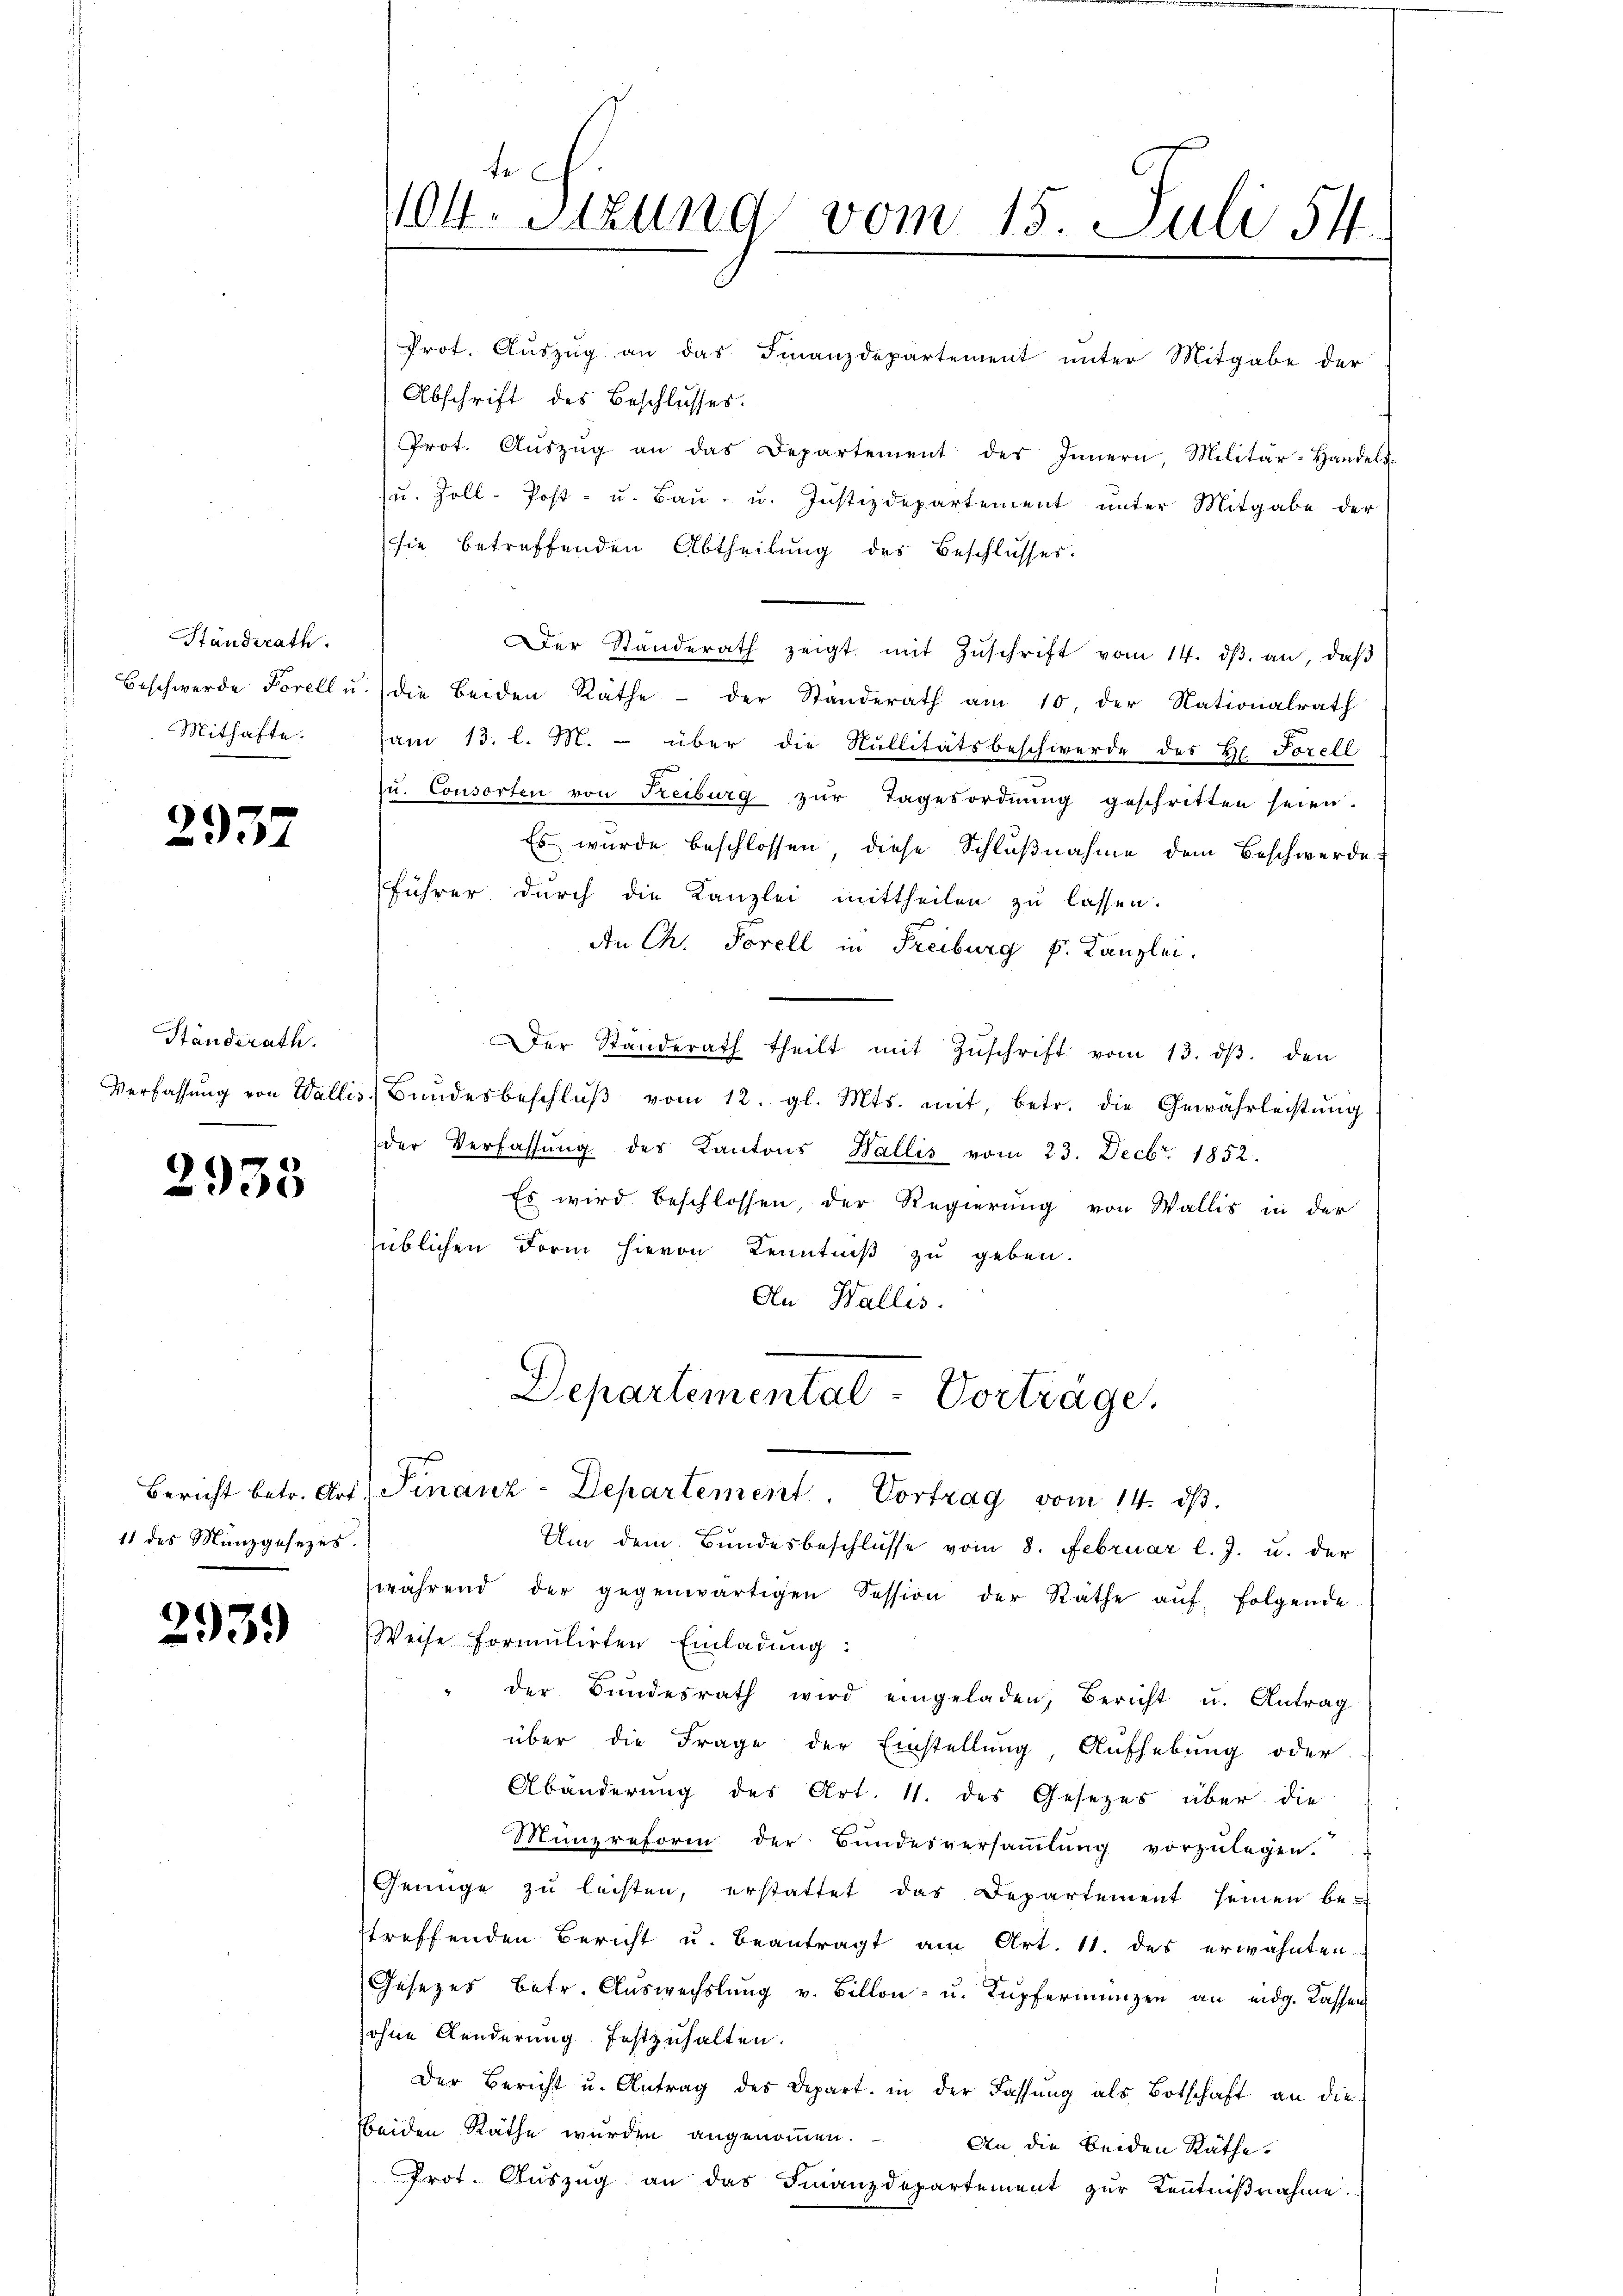
Standsrath.
Beschwerde Forell u.
Mithafte.

2937

Ständerath.
Verfassung von Walli

2935

11 des Münzgesezes.

293.

te
Vot. Sitzung vom 15. Juli 54.

Prot. Auszug an das Finanzdepartement unter Mitgabe der
Abschrift des Beschlusses.
Prot. Aŭszŭg an das Departement des Innern, Militär-Handels-
(u. Zoll-Post- u. Bau- u. Justizdepartement unter Mitgabe der
sie betreffenden Abtheilung des Beschlusses.
.
Der Standerath zeigt mit Zŭschrift vom 14. dβ. an, daβ
die beiden Rathe – der Standerath am 10. der Nationalrath
am 13. l. M. über die Nullitätsbeschwerde des H. Forell
zu. Consorten von Freiburg zŭr Tagesordnŭng geschritten seien.
Es wurde beschlossen, diese Schlußnahme dem Beschwerde
führer durch die Kanzlei mittheilen zu lassen.
An Ch. Forell in Freiburg p. Kanzlei.
Der Standerath theilt mit Zŭschrift vom 13. dβ. den
Bŭndesbeschlŭβ vom 12. gl. Mts. mit, betr. die Gewährleistŭng
der Verfassŭng des Kantons Wallis vom 23. Decbr. 1852.
Es wird beschlossen, der Regierung von Wallis in der
üblichen Form hievon Kenntniß zu geben.
An Wallis.

Departemental-Vortrage,
Bericht betr. Art. Finanz-Departement. Vortrag vom 14. dβ.

Um dem Bundesbeschlüsse vom 8. Februar l. J. u. der
während der gegenwärtigen Session der Räthe auf folgende
Weise formulirten Einladung:
der Bundesrath wird eingeladen, Bericht u. Antrag
über die Frage der Einstellung Aufhebung oder
Abänderung des Art. 11. des Gesetzes über die
Münzreform der Bundesversammlung vorzulegen.
Genüge zŭ leisten, erstattet das Departement seinen bestreffenden Bericht u. beantragt am Art. 11. des erwähnten.
Gesezes betr. Auswechslung v. Billon- u. Kupferienzen an eidg. Cassen
ohne Kunderung festzuhalten.
Der Bericht u. Antrag des Depart. in der Fassŭng als Botschaft an die
Weiden Räthe wurden angenommen. An die beiden Räthe.
Prot. Auszug an das Finanzdepartement zur Kenntnißnahme.